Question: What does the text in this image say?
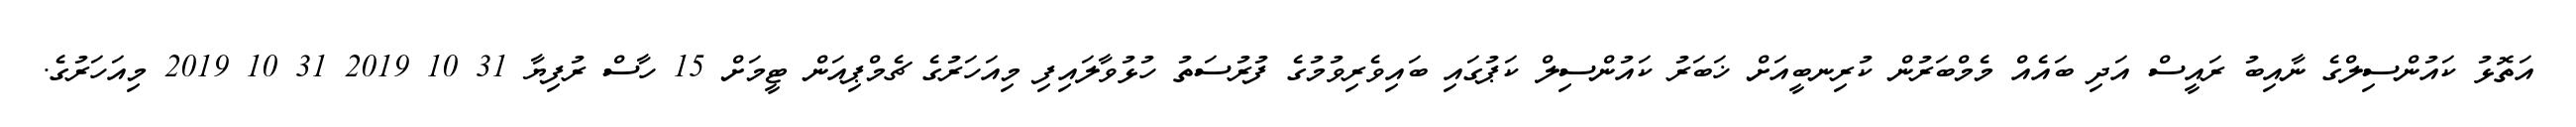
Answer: އަތޮޅު ކައުންސިލްގެ ނާއިބު ރައީސް އަދި ބައެއް މެމްބަރުން ކުރިނބީއަށް ޚަބަރު ކައުންސިލް ކަޕުގައި ބައިވެރިވުމުގެ ފުރުސަތު ހުޅުވާލައިފި މިއަހަރުގެ ޗެމްޕިއަން ޓީމަށް 15 ހާސް ރުފިޔާ 31 10 2019 31 10 2019 މިއަހަރުގެ.